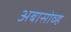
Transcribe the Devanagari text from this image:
अबासोव्ह